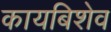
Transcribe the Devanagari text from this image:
कायबिशेव